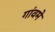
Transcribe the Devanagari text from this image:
गांवमे